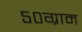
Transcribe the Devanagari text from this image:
५०ग्राम